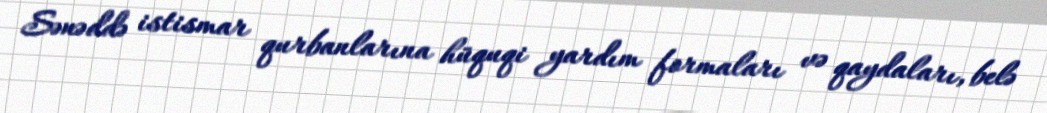
Sənəddə istismar qurbanlarına hüquqi yardım formaları və qaydaları, belə